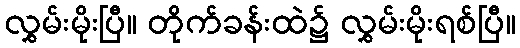
လွှမ်းမိုးပြီ။ တိုက်ခန်းထဲ၌ လွှမ်းမိုးရစ်ပြီ။